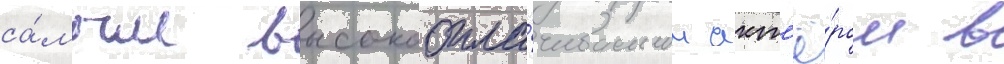
са́мым высокоопла́чиваемым акт'ё́ром в